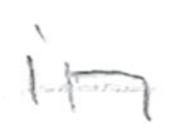
Text: in
Cross-out: single-line
Writing tool: pencil